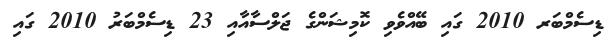
ޑިސެމްބަރ 2010 ގައި ބޭއްވެވި ކޮމިޝަންގެ ޖަލްސާއާއި 23 ޑިސެމްބަރު 2010 ގައި